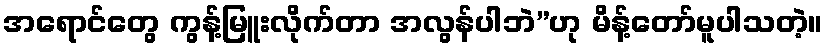
အရောင်တွေ ကွန့်မြူးလိုက်တာ အလွန်ပါဘဲ”ဟု မိန့်တော်မူပါသတဲ့။